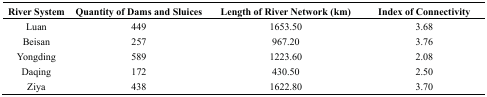
<table><thead><tr><td><b>River System</b></td><td><b>Quantity of Dams and Sluices</b></td><td><b>Length of River Network (km)</b></td><td><b>Index of Connectivity</b></td></tr></thead><tbody><tr><td>Luan</td><td>449</td><td>1653.50</td><td>3.68</td></tr><tr><td>Beisan</td><td>257</td><td>967.20</td><td>3.76</td></tr><tr><td>Yongding</td><td>589</td><td>1223.60</td><td>2.08</td></tr><tr><td>Daqing</td><td>172</td><td>430.50</td><td>2.50</td></tr><tr><td>Ziya</td><td>438</td><td>1622.80</td><td>3.70</td></tr></tbody></table>